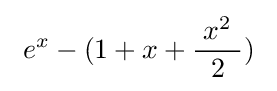
\ e^{x}-(1+x+{\frac {\;x^{2}\ }{2}})\